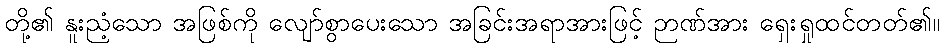
တို့၏ နူးညံ့သော အဖြစ်ကို လျော်စွာပေးသော အခြင်းအရာအားဖြင့် ဉာဏ်အား ရှေးရှုထင်တတ်၏။